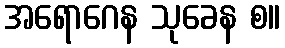
အရောဂေန သုခေန စ။